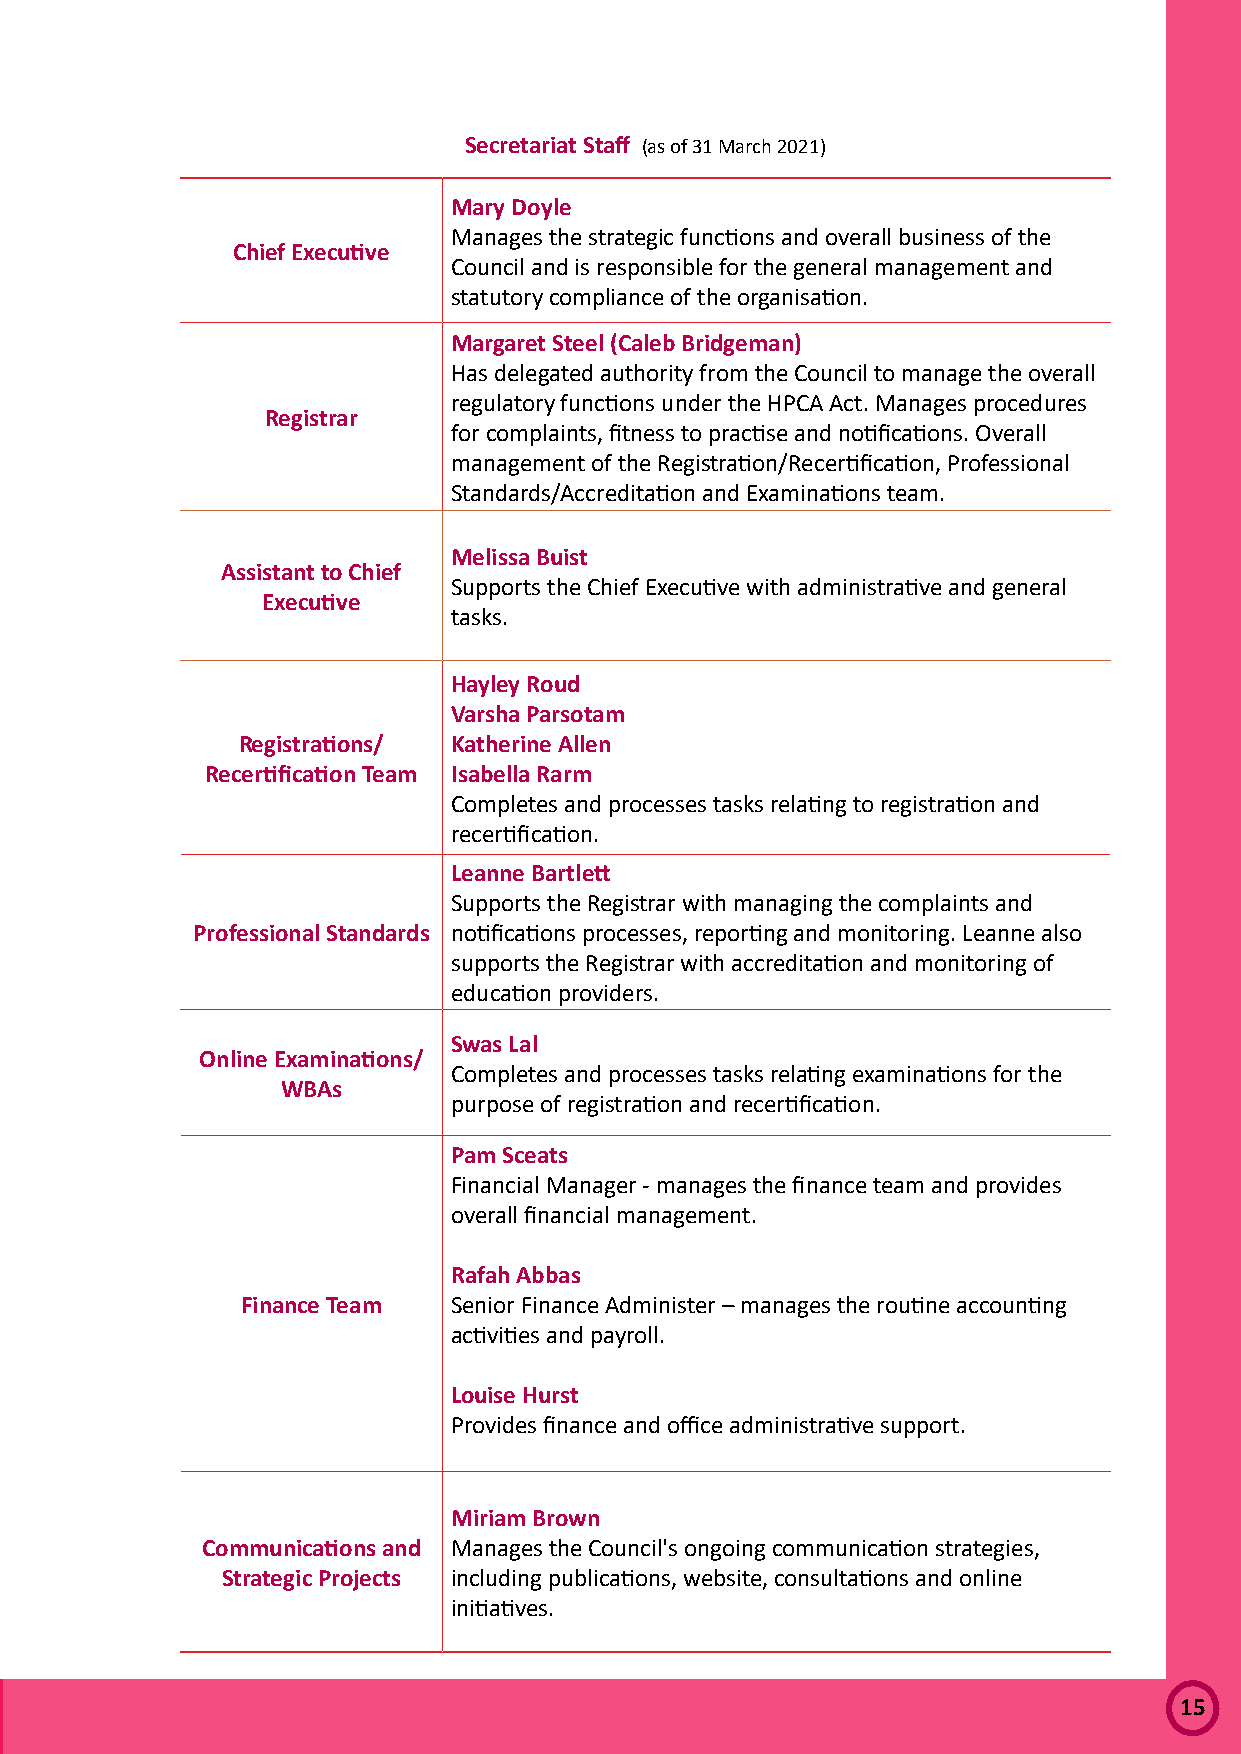
Secretariat Staff (as of 31 March 2021)
 Mary Doyle
 Manages the strategic functions and overall business of the
 Chief Executive
 Council and is responsible for the general management and
 statutory compliance of the organisation.
 Margaret Steel (Caleb Bridgeman)
 Has delegated authority from the Council to manage the overall
 regulatory functions under the HPCA Act. Manages procedures
 Registrar
 for complaints, fitness to practise and notifications. Overall
 management of the Registration/Recertification, Professional
 Standards/Accreditation and Examinations team.
 Melissa Buist
 Assistant to Chief
 Supports the Chief Executive with administrative and general
 Executive
 tasks.
 Hayley Roud
 Varsha Parsotam
 Registrations/ Katherine Allen
 Recertification Team Isabella Rarm
 Completes and processes tasks relating to registration and
 recertification.
 Leanne Bartlett
 Supports the Registrar with managing the complaints and
 Professional Standards notifications processes, reporting and monitoring. Leanne also
 supports the Registrar with accreditation and monitoring of
 education providers.
 Swas Lal
 Online Examinations/
 Completes and processes tasks relating examinations for the
 WBAs
 purpose of registration and recertification.
 Pam Sceats
 Financial Manager - manages the finance team and provides
 overall financial management.
 Rafah Abbas
 Finance Team  Senior Finance Administer – manages the routine accounting
 activities and payroll.
 Louise Hurst
 Provides finance and office administrative support.
 Miriam Brown
 Communications and Manages the Council's ongoing communication strategies,
 Strategic Projects including publications, website, consultations and online
 initiatives.
 15